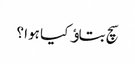
سچ بتاﺅ کیا ہوا ؟